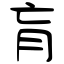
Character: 肓